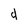
Character: d